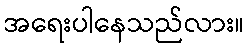
အရေးပါနေသည်လား။